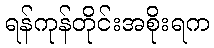
ရန်ကုန်တိုင်းအစိုးရက